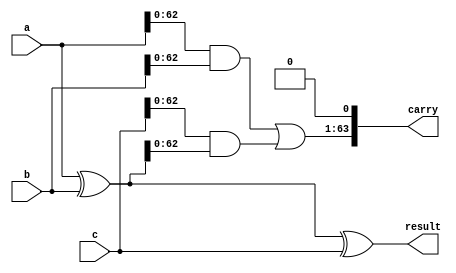
module BWAdder (
  input [63:0] a,
  input [63:0] b,
  input [63:0] c,
  output wire [63:0] result,
  output wire [63:0] carry
);
  assign result = a ^ b ^ c;
  assign carry = ((a & b) | (c & (a ^ b))) << 1;
endmodule